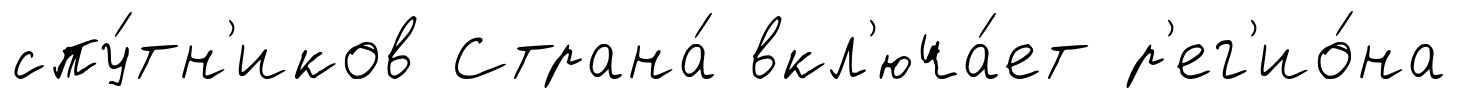
спу́тн'иков Страна́ вкл'юча́ет р'ег'ио́на